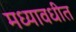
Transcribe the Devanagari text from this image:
मध्यावधीत